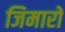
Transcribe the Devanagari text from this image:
जिमारों